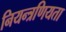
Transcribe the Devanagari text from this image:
नियन्त्रणियता